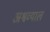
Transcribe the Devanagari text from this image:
अश्वव्याल